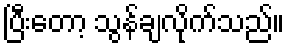
ပြီးတော့ သွန်ချလိုက်သည်။